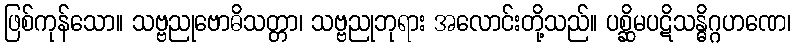
ဖြစ်ကုန်သော။ သဗ္ဗညုဗောဓိသတ္တာ၊ သဗ္ဗညုဘုရား အလောင်းတို့သည်။ ပစ္ဆိမပဋိသန္ဓိဂ္ဂဟဏေ၊